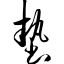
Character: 垫